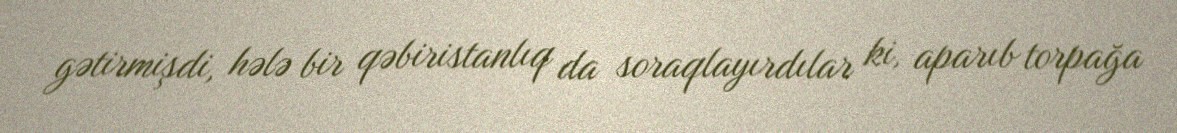
gətirmişdi, hələ bir qəbiristanlıq da soraqlayırdılar ki, aparıb torpağa